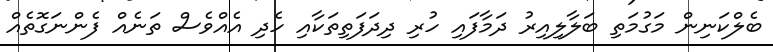
ބެލްކަނިން މަގުމަތި ބަލާލިއިރު ދަމާފައި ހުރި ދިދަފަތިތަކާއި ހެދި އެއްވެސް ތަނެއް ފެންނަގޮތެއް